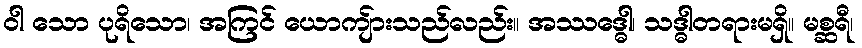
ဝါ သော ပုရိသော၊ အကြင် ယောကျ်ားသည်လည်း။ အဿဒ္ဓေါ၊ သဒ္ဓါတရားမရှိ။ မစ္ဆရီ၊